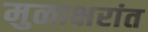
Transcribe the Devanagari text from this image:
मुळाक्षरांत